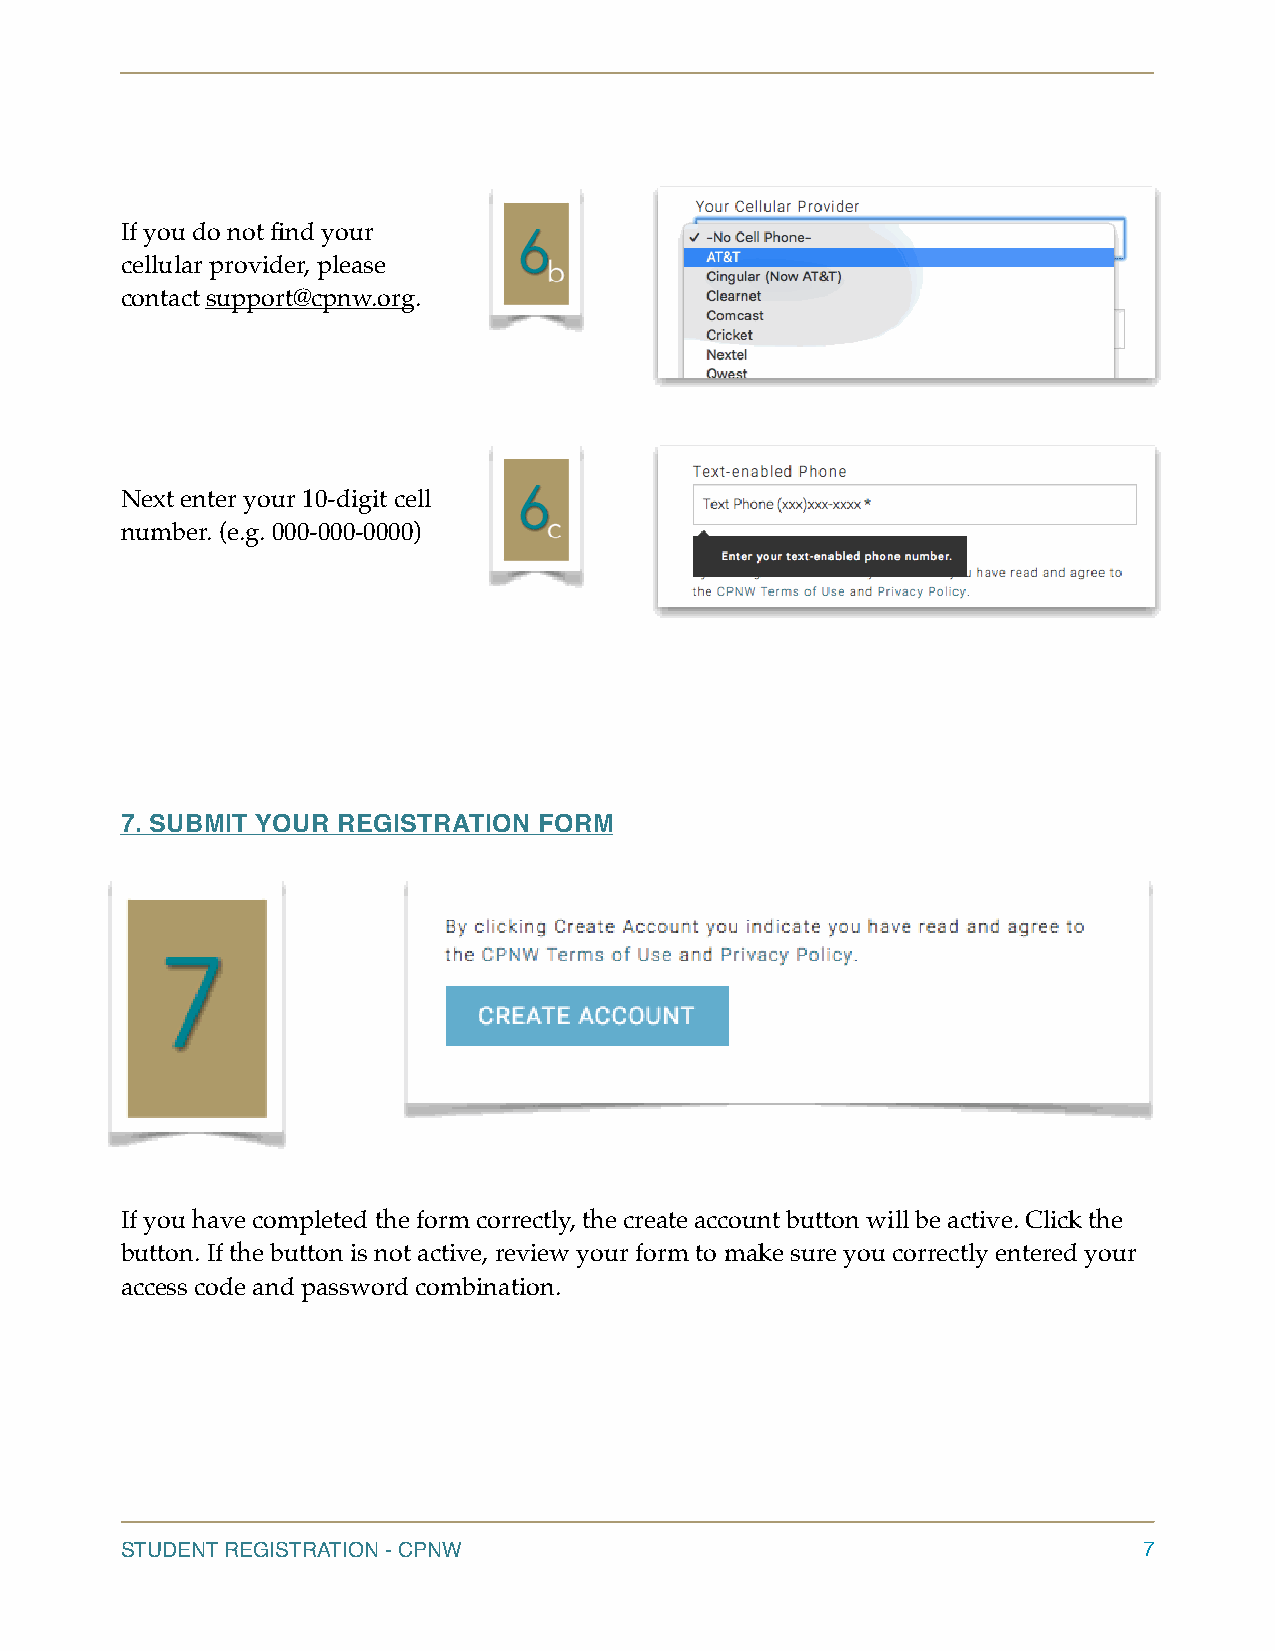
If you do not find your
 cellular provider, please
 contact support@cpnw.org.
 Next enter your 10-digit cell
 number. (e.g. 000-000-0000)
 7. SUBMIT YOUR REGISTRATION FORM
 If you have completed the form correctly, the create account button will be active. Click the
 button. If the button is not active, review your form to make sure you correctly entered your
 access code and password combination.
 STUDENT REGISTRATION - CPNW                                         7